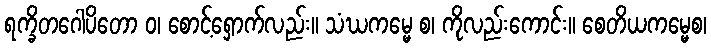
ရက္ခိတဂေါပိတော ဝ၊ စောင့်ရှောက်လည်း။ သံဃကမ္မေ စ၊ ကိုလည်းကောင်း။ စေတိယကမ္မေစ၊